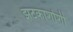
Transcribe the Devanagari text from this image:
झटकाशोशी